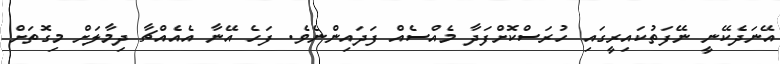
އޭނަދެކޭނީ ނޭފަތުކައިރީގައި ހުރަސްކޮށްފަދާ މެއްސެއް ފަދައިންނެވެ. ފަހެ އޭނާ އެއެއްޗާ ދިމާލަށް މިގޮތަށް